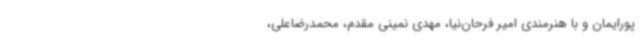
پورایمان و با هنرمندی امیر فرحان‌نیا، مهدی نمینی مقدم، محمدرضاعلی،